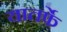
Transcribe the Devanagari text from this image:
यातर्फे